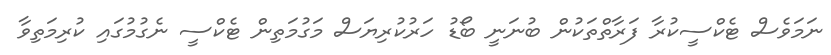
ނަމަވެސް ޓެކްސީކުރާ ފަރާތްތަކުން ބުނަނީ ބޯޑު ހަރުކުރިޔަސް މަގުމަތިން ޓެކްސީ ނެގުމުގައި ކުރިމަތިވާ